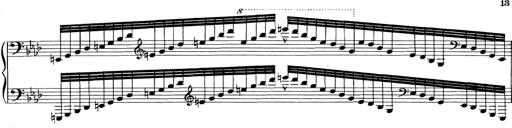
Title: Variationen Ã¼ber das Motiv von Bach
Composer: Franz Liszt